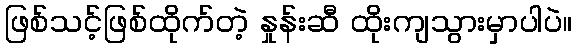
ဖြစ်သင့်ဖြစ်ထိုက်တဲ့ နှုန်းဆီ ထိုးကျသွားမှာပါပဲ။